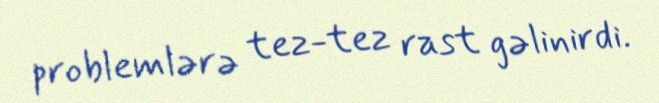
problemlərə tez-tez rast gəlinirdi.